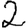
Digit: 2